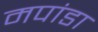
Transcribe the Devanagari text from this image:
मपांडा